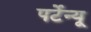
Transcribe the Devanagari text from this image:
पर्टेन्यू